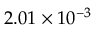
2 . 0 1 \times 1 0 ^ { - 3 }